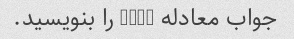
جواب معادله 2x=4 را بنویسید.